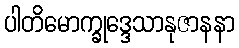
ပါတိမောက္ခုဒ္ဒေသာနုဇာနနာ